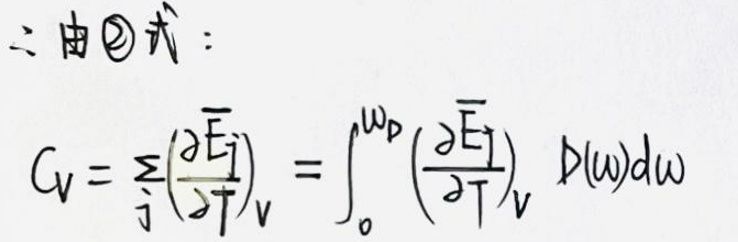
二、由\textcircled{2}式：

\[ C_V = 3\left(\frac{\partial E_1}{\partial T}\right)_V = \int_0^{\omega_p} \left(\frac{\partial E_1}{\partial T}\right)_V \rho(\omega)d\omega \]